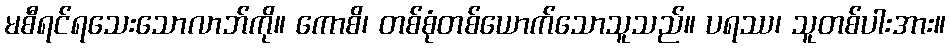
မစီရင်ရသေးသောလာဘ်ကို။ ကောစိ၊ တစ်စုံတစ်ယောက်သောသူသည်။ ပရဿ၊ သူတစ်ပါးအား။